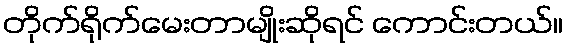
တိုက်ရိုက်မေးတာမျိုးဆိုရင် ကောင်းတယ်။